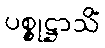
ပစ္စုဋ္ဌာသိံ